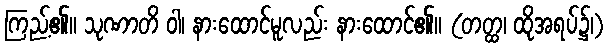
ကြည့်၏။ သုဏာတိ ဝါ၊ နားထောင်မူလည်း နားထောင်၏။ (တတ္ထ၊ ထိုအရပ်၌၊)